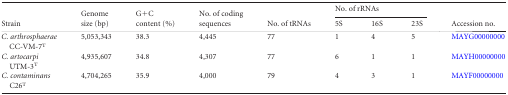
<table><thead><tr><td rowspan="2"><b>Strain</b></td><td rowspan="2"><b>Genomesize (bp)</b></td><td rowspan="2"><b>G+Ccontent (%)</b></td><td rowspan="2"><b>No. of codingsequences</b></td><td rowspan="2"><b>No. of tRNAs</b></td><td colspan="3"><b>No. of rRNAs</b></td><td rowspan="2"><b>Accession no.</b></td></tr><tr><td><b>5S</b></td><td><b>16S</b></td><td><b>23S</b></td></tr></thead><tbody><tr><td><i>C. arthrosphaerae</i>CC-VM-7<sup>T</sup></td><td>5,053,343</td><td>38.3</td><td>4,445</td><td>77</td><td>1</td><td>4</td><td>5</td><td>MAYG00000000</td></tr><tr><td><i>C. artocarpi</i>UTM-3<sup>T</sup></td><td>4,935,607</td><td>34.8</td><td>4,307</td><td>77</td><td>6</td><td>1</td><td>1</td><td>MAYH00000000</td></tr><tr><td><i>C. contaminans</i>C26<sup>T</sup></td><td>4,704,265</td><td>35.9</td><td>4,000</td><td>79</td><td>4</td><td>3</td><td>1</td><td>MAYF00000000</td></tr></tbody></table>